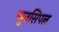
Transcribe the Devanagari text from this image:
म्युनसिपल